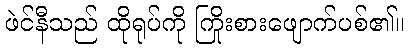
ဖဲင်နီသည် ထိုရုပ်ကို ကြိုးစားဖျောက်ပစ်၏။